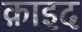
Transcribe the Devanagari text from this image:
क़ाइद